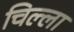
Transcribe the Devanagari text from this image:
चिल्‍ला